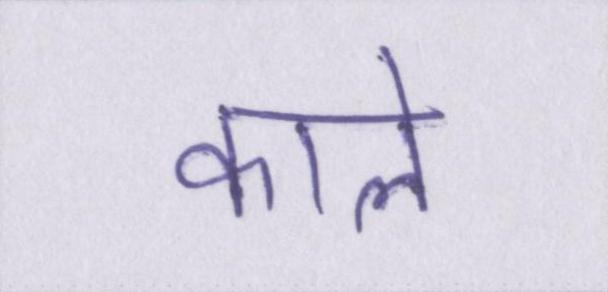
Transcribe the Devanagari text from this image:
काले